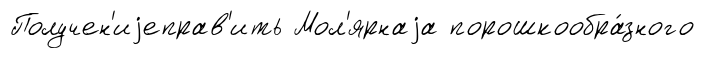
Получен'иjеправ'ить Мол'ярнаjа порошкообра́зного